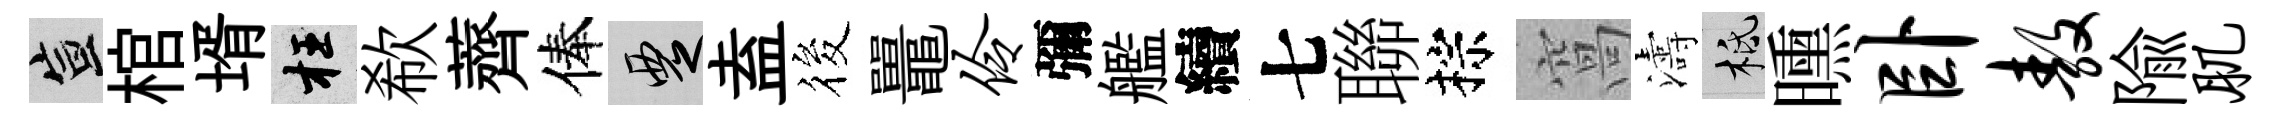
宣棺壻枉欷薺俸覂盍筱鼉伶彌艦續七聯棕窩濤柢曛卧敖隃肌